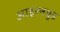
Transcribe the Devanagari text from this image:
आइरनवुड